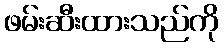
ဖမ်းဆီးထားသည်ကို